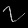
Digit: ၇